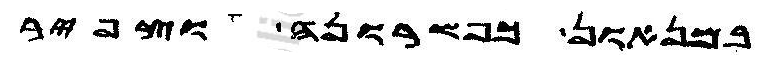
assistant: במנאון כפשרונה וצפיר